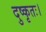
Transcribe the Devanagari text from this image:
दुष्कृतः।